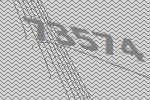
73574